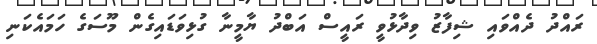
ރައްދު ދެއްވައި ޝިފާޒު ވިދާޅުވީ ރައީސް އަބްދު ޔާމީނާ ގުޅިވަޑައިގެން މޫސަގެ ހަމައެކަނި